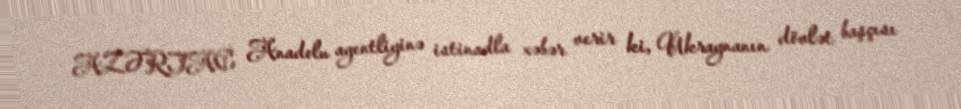
AZƏRTAC Anadolu agentliyinə istinadla xəbər verir ki, Ukraynanın dövlət başçısı